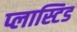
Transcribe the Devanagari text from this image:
प्लास्टिड